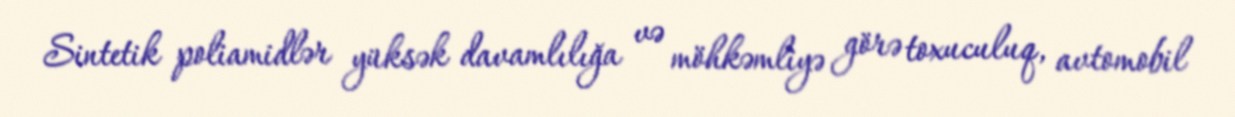
Sintetik poliamidlər yüksək davamlılığa və möhkəmliyə görə toxuculuq, avtomobil